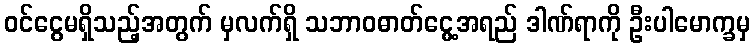
ဝင်ငွေမရှိသည့်အတွက် မှလက်ရှိ သဘာဝဓာတ်ငွေ့အရည် ဒါဏ်ရာကို ဦးပါမောက္ခမှ